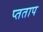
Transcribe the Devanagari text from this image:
प्तताप